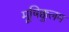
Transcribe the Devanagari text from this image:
मूषिक्कुलम